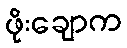
ဖိုးချောက